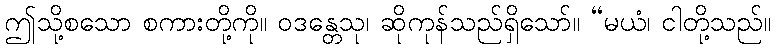
ဤသို့စသော စကားတို့ကို။ ဝဒန္တေသု၊ ဆိုကုန်သည်ရှိသော်။ “မယံ၊ ငါတို့သည်။